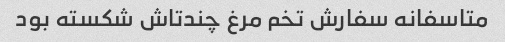
متاسفانه سفارش تخم مرغ چندتاش شکسته بود